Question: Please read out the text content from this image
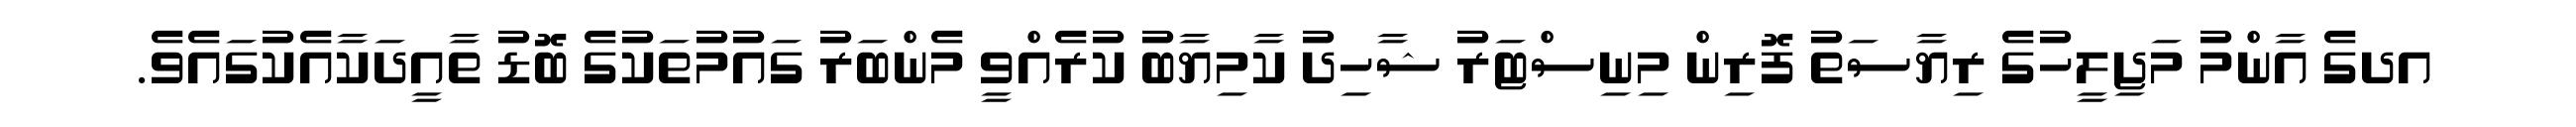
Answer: އދގެ އާންމު މަޖިލީހުގެ ރިޔާސަތު ފޮރިން މިނިސްޓަރު ޝާހިދު ކާމިޔާބު ކުރެއްވީ މެންބަރު ގައުމުތަކުގެ ބޮޑު ތާއީދަކާއެކުގައެވެ.